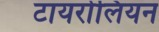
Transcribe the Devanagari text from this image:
टायरोलियन